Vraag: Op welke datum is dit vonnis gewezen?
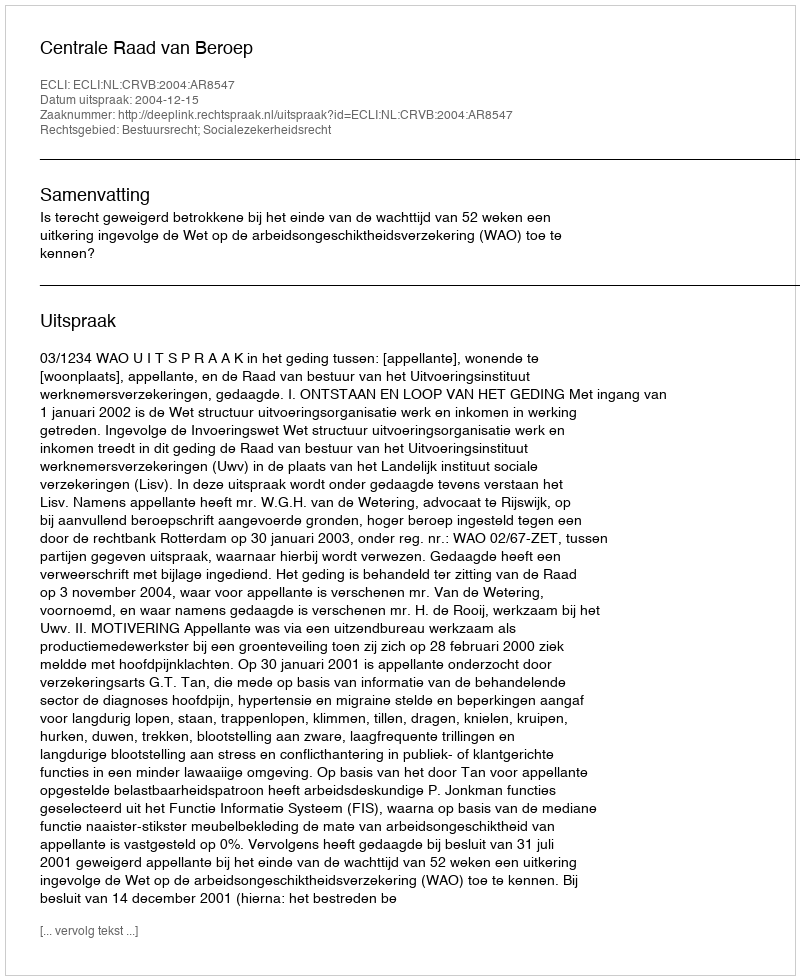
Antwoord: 2004-12-15